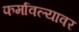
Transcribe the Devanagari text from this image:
फर्मावल्यावर